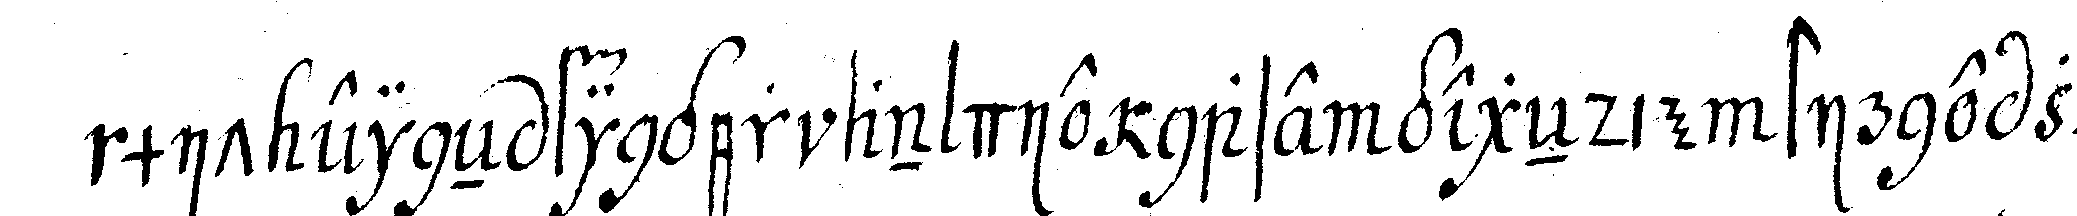
mit eineN finger an die nase gegeNdie stirne zu